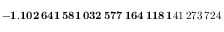
\mathbf { - 1 . 1 0 2 \, 6 4 1 \, 5 8 1 \, 0 3 2 \, 5 7 7 \, 1 6 4 \, 1 1 8 \, 1 } 4 1 \, 2 7 3 \, 7 2 4